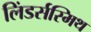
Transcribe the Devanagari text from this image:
लिंडर्सस्मिथ